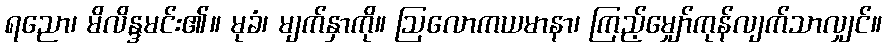
ရညော၊ မိလိန္ဒမင်း၏။ မုခံ၊ မျက်နှာကို။ ဩလောကယမာနာ၊ ကြည့်မျှော်ကုန်လျက်သာလျှင်။